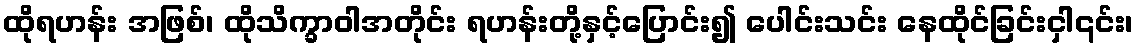
ထိုရဟန်း အဖြစ်၊ ထိုသိက္ခာဝါအတိုင်း ရဟန်းတို့နှင့်ပြောင်း၍ ပေါင်းသင်း နေထိုင်ခြင်းငှါ၎င်း၊